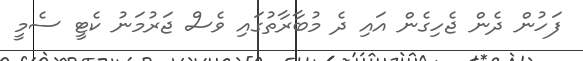
ފަހުން ދެން ޖެހިގެން އައި ދެ މުބާރާތުގައި ވެސް ޖަރުމަނު ކެޓީ ސެމީ